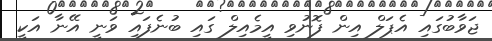
ޖަވާބުގައި އެޕަލް އިން ފޮނުވި އީމެއިލް ގައި ބުނެފައި ވަނީ އޭނާ އަކީ